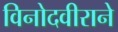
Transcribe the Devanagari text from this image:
विनोदवीराने